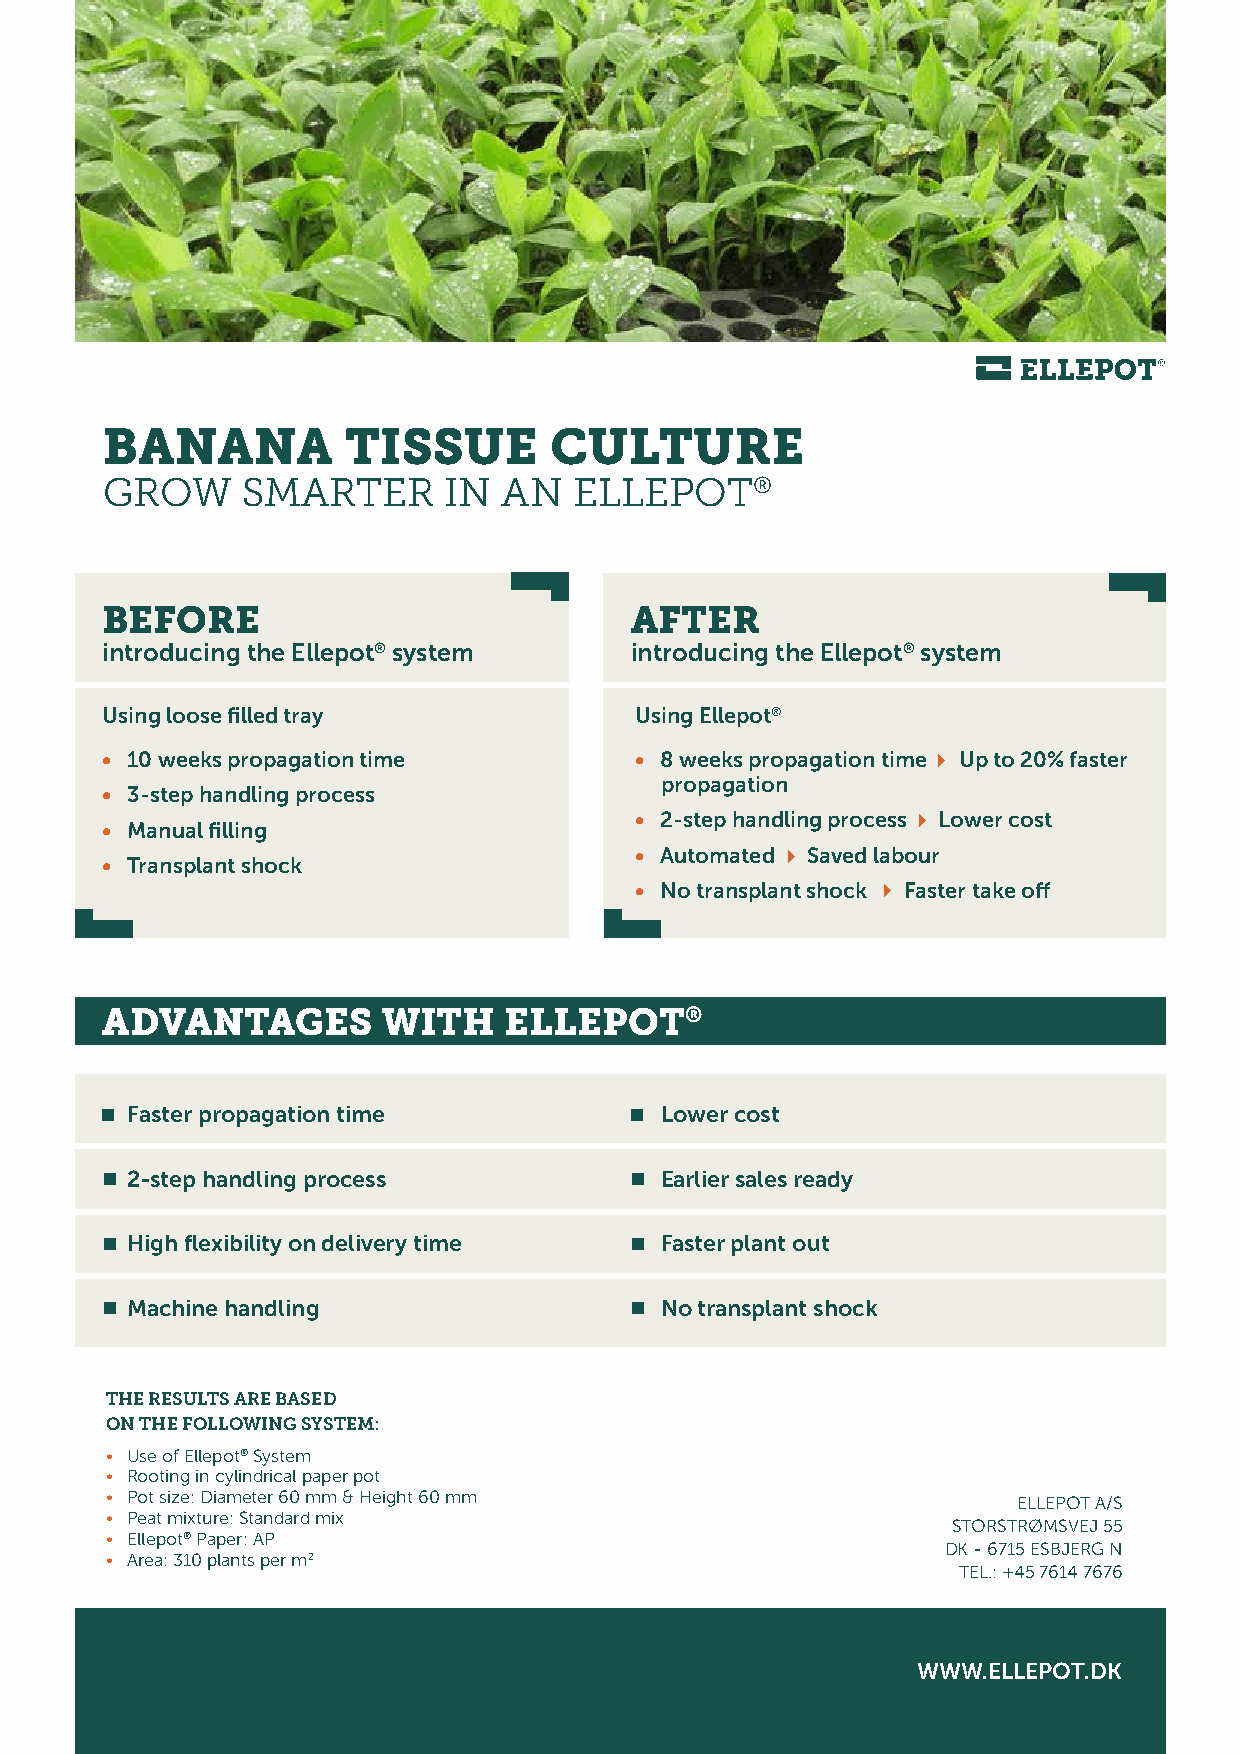
BANANA          TISSUE       CULTURE
 GROW     SMARTER      IN  AN   ELLEPOT®
 BEFORE                             AFTER
 introducing the Ellepot® system    introducing the Ellepot® system
 Using loose filled tray            Using Ellepot®
 • 10 weeks propagation time        • 8 weeks propagation time 4 Up to 20% faster
 propagation
 • 3-step handling process
 • Manual filling                   • 2-step handling process 4 Lower cost
 • Transplant shock                 • Automated 4 Saved labour
 • No transplant shock 4 Faster take off
 ADVANTAGES        WITH    ELLEPOT®
 Faster propagation time             Lower cost
 2-step handling process             Earlier sales ready
 High flexibility on delivery time   Faster plant out
 Machine handling                    No transplant shock
 THE RESULTS ARE BASED
 ON THE FOLLOWING SYSTEM:
 • Use of Ellepot® System
 • Rooting in cylindrical paper pot
 • Pot size: Diameter 60 mm & Height 60 mm                   ELLEPOT A/S
 • Peat mixture: Standard mix
 STORSTRØMSVEJ 55
 • Ellepot® Paper: AP
 DK - 6715 ESBJERG N
 • Area: 310 plants per m2
 TEL.: +45 7614 7676
 WWW.ELLEPOT.DK